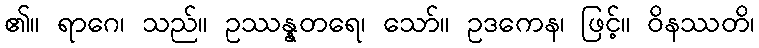
၏။ ရာဂေ၊ သည်။ ဥဿန္နတရေ၊ သော်။ ဥဒကေန၊ ဖြင့်။ ဝိနဿတိ၊